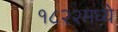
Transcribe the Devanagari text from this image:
१८२२मध्ये